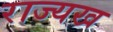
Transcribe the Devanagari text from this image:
राज्यख